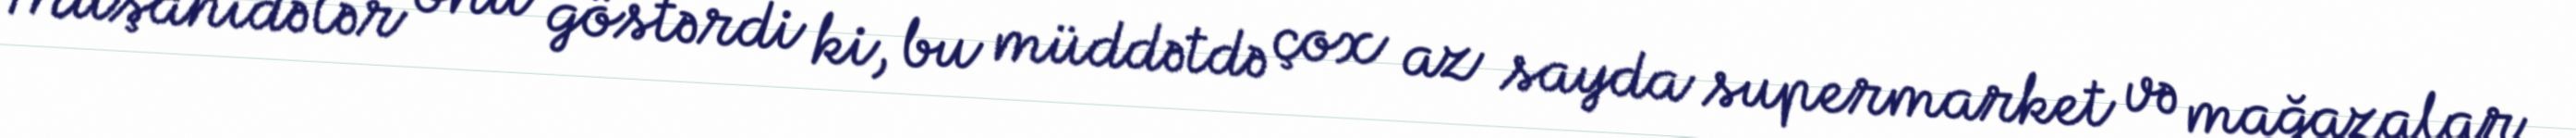
Müşahidələr onu göstərdi ki, bu müddətdə çox az sayda supermarket və mağazalar